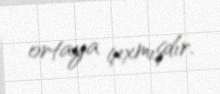
ortaya çıxmışdır.